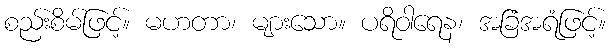
စည်းစိမ်ဖြင့်။ မဟတာ၊ များသော။ ပရိဝါရေန၊ အခြံအရံဖြင့်။